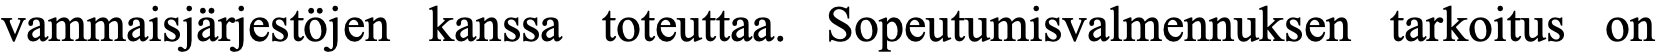
vammaisjärjestöjen kanssa toteuttaa. Sopeutumisvalmennuksen tarkoitus on